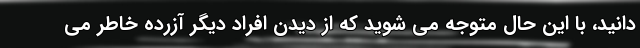
دانید، با این حال متوجه می شوید که از دیدن افراد دیگر آزرده خاطر می